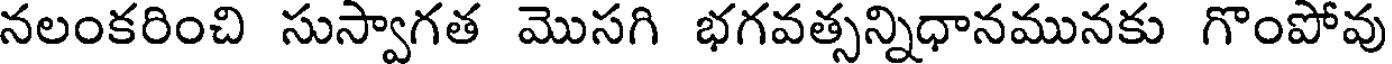
నలంకరించి సుస్వాగత మొసగి భగవత్సన్నిధానమునకు గొంపోవు